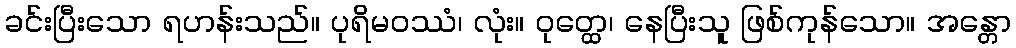
ခင်းပြီးသော ရဟန်းသည်။ ပုရိမဝဿံ၊ လုံး။ ဝုတ္ထေ၊ နေပြီးသူ ဖြစ်ကုန်သော။ အန္တော